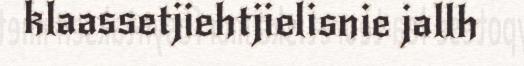
klaassetjiehtjielisnie jallh